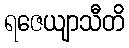
ရဇေယျာသီတိ